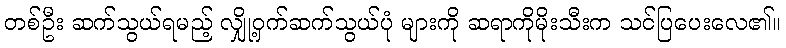
တစ်ဦး ဆက်သွယ်ရမည့် လျှို့ဝှက်ဆက်သွယ်ပုံ များကို ဆရာကိုမိုးသီးက သင်ပြပေးလေ၏။